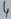
Text: 4